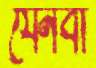
যেনবা